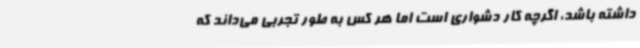
داشته باشد، اگرچه کار دشواری است اما هر کس به طور تجربی می‌داند که